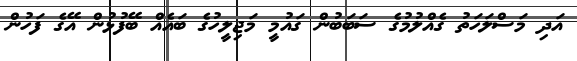
އަދި މަސްލަހަތު ގެއްލުމުގެ ސަބަބުން ގައުމީ މަޖިލީހުގެ ބައެއް ބޭފުޅުން އޭގެ ފަހުން